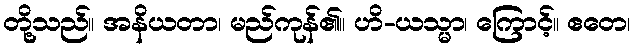
တို့သည်။ အနိယတာ၊ မည်ကုန်၏။ ဟိ-ယသ္မာ၊ ကြောင့်။ ဧတေ၊